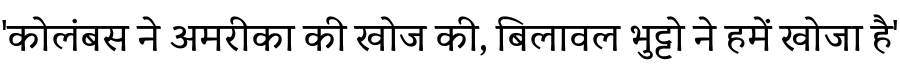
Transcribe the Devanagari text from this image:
'कोलंबस ने अमरीका की खोज की, बिलावल भुट्टो ने हमें खोजा है'